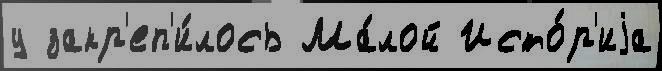
у закр'еп'и́лось Ма́лой Исто́р'иjа